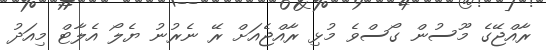
ރާއްޖޭގެ މޫސުން ގޯސްވެ މުޅި ރާއްޖެއަށް ރޭ ނެރުނު ޔެލޯ އެލާޓް މިއަދު